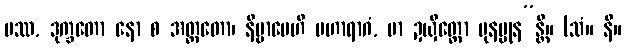
ပဿ, ဒုက္ခတော နော စ အတ္တတော၊ နိဗ္ဗာပေဟိ မဟာရာဂံ, မာ ဍယှိတ္ထော ပုနပ္ပုန”န္တိ။ (သံ။ နိ။